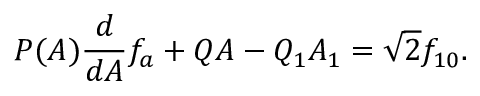
P ( A ) \frac { d } { d A } f _ { a } + Q A - Q _ { 1 } A _ { 1 } = \sqrt { 2 } f _ { 1 0 } .